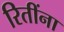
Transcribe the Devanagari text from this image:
रितींना